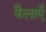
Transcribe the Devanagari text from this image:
फैलाएँ